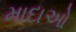
માદાઓ